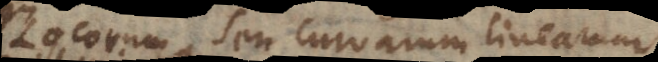
Locorum seu curvarum linea